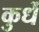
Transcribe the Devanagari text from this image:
कुर्धे